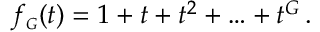
f _ { \scriptscriptstyle G } ( t ) = 1 + t + t ^ { 2 } + \ldots + t ^ { G } \, .